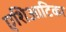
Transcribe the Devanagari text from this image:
एशिआटिका